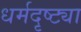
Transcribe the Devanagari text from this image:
धर्मदृष्ट्या